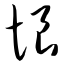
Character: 恨